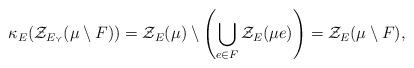
LaTeX: \begin{align*}\kappa_E ( \mathcal{Z}_{E_\curlyvee} ( \mu \setminus F ) ) = \mathcal{Z}_{E} ( \mu ) \setminus \left( \bigcup_{ e \in F } \mathcal{Z}_{E}( \mu e ) \right) = \mathcal Z_E(\mu\setminus F),\end{align*}